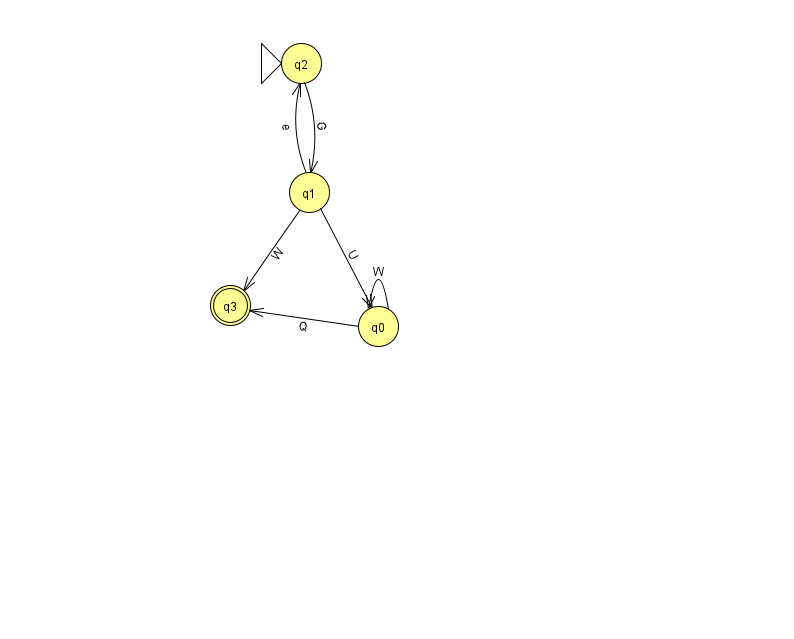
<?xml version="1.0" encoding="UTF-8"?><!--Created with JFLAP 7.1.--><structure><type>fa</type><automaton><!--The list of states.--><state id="0" name="q0"><x>378.0</x><y>313.0</y></state><state id="1" name="q1"><x>309.0</x><y>179.0</y></state><state id="2" name="q2"><x>301.0</x><y>50.0</y><initial/></state><state id="3" name="q3"><x>230.0</x><y>292.0</y><final/></state><!--The list of transitions.--><transition><from>0</from><to>3</to><read>Q</read></transition><transition><from>0</from><to>0</to><read>W</read></transition><transition><from>2</from><to>1</to><read>G</read></transition><transition><from>1</from><to>0</to><read>U</read></transition><transition><from>1</from><to>3</to><read>W</read></transition><transition><from>1</from><to>2</to><read>e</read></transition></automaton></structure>